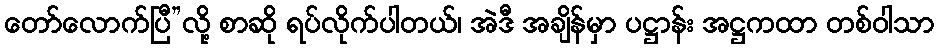
တော်လောက်ပြီ”လို့ စာဆို ရပ်လိုက်ပါတယ်၊ အဲဒီ အချိန်မှာ ပဋ္ဌာန်း အဋ္ဌကထာ တစ်ဝါသာ